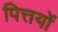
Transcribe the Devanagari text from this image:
पित्तयों